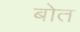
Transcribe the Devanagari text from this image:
बोत